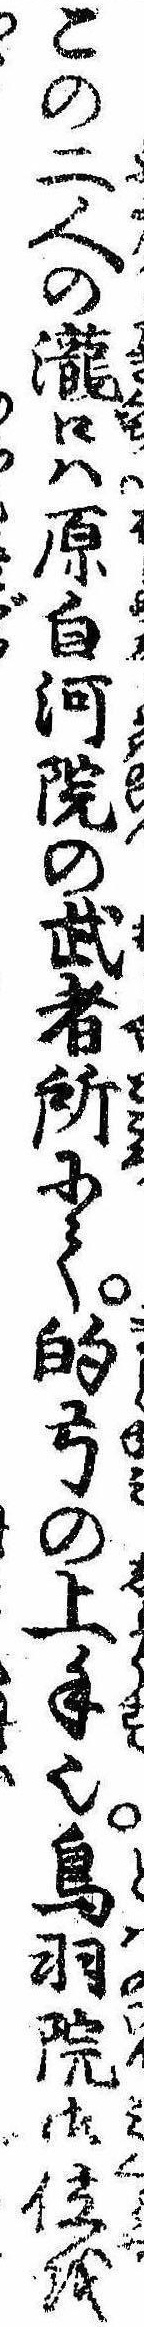
この二人の滝口は原白河院の武者所にて的弓の上手也鳥羽院御位を